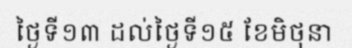
ថ្ងៃទី១៣ ដល់ថ្ងៃទី១៥ ខែមិថុនា